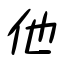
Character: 他